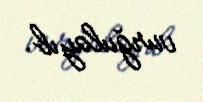
vurğulayıb.